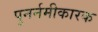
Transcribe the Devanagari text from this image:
पुनर्नमीकारक